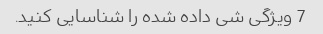
7 ویژگی شی داده شده را شناسایی کنید.